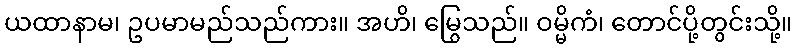
ယထာနာမ၊ ဥပမာမည်သည်ကား။ အဟိ၊ မြွေသည်။ ဝမ္မိကံ၊ တောင်ပို့တွင်းသို့။